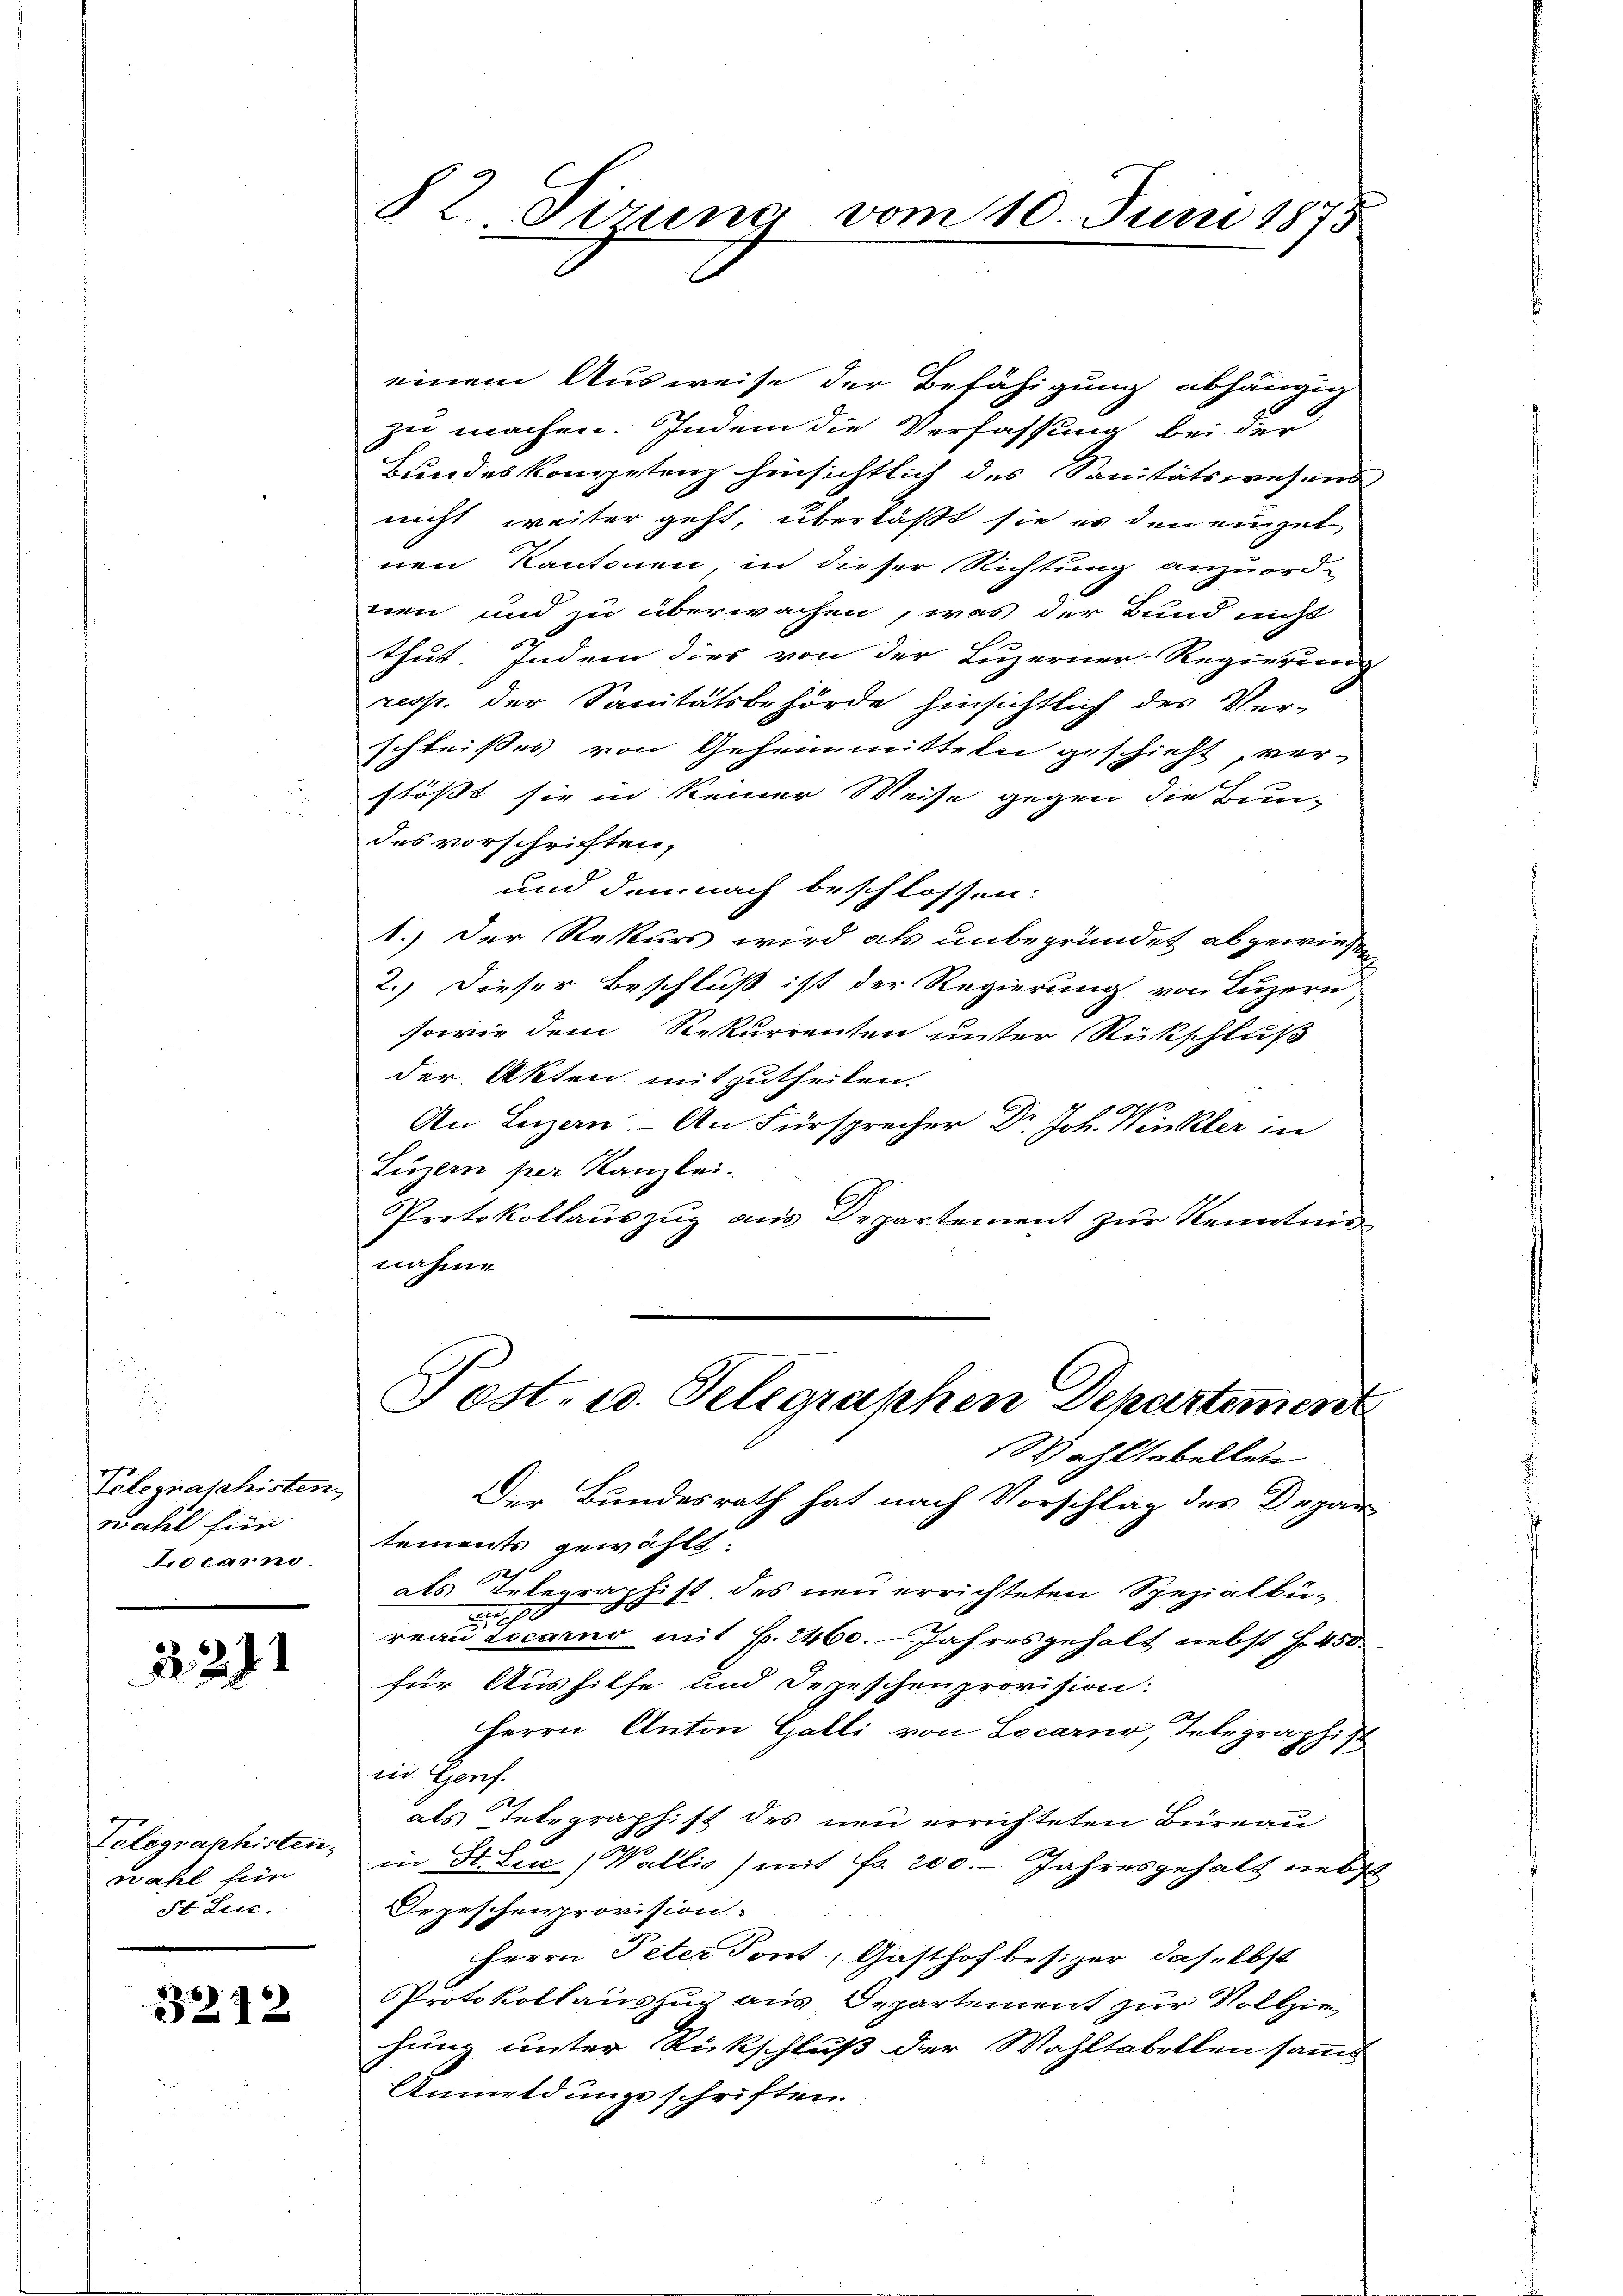
Telegraphisten
wahl für
Locarno.

3211

Tolegraphisten.
wahl sein
St. Leic

3242

82 Pirung vom 10. Juni 1875

einem Ausweise der Befähigung abhängig
zu machen. Indem die Verfassung bei der
Bundeskompetenz hinsichtlich des Sanitätswesens
nicht weiter geht, überläßt sie es den einzel
nen Kantonen, in dieser Richtung anzuordnen und zu überwachen, was der Bund nicht
thut. Indem dies von der Luzerner Regierung
resp. der Sanitätsbehörde hinsichtlich des Ver-
schleißes von Geheimitteln geschieht, verstößt sie in keiner Weise gegen die Bun-
des vorschriften,
und demnach beschlossen:
1.) Der Rekurs wird als unbegründet abgewiesen
2.) Dieser Beschluß ist der Regierung von Luzern
sowie dem Rekurrenten unter Rückschluß
der Akten mitzutheilen.
070
An Luzern, An Fürsprecher Dr. Joh. Winkler in
Luzern per Kanzlei.
Protokollauszug aus Departement zur Kenntnisnahme

Wohltobellen
Der Bundesrath hat nach Vorschlag des Depar
tements gewählt
h
als Telegraphist des neu errichteten Spezialbü-

reau Locarno mit S. 2460. Jahresgehalt nebst Hr. 450
für Aushilfe und Depeschenprovision:
Herrn Anton Galli von Locarno, Telegraphist
10
ri. Genf.
als Telegraphist des neu errichteten Büreau
in St. Lucc) Wallis) mit Fr. 200. - Jahresgehalt nebst
Depeschenprovision.
Herrn Peter Tont, Gasthofbesizer daselbst
Protokollauszug aus Departement zur Vollzie
hung unter Rückschluß der Wahltabellen sammt
Anmeldungsschriften.

Post- u. Telegraphen Departemen